Indian journal of veterinary science and animal husbandry - Volumes 22-23, 1952-1953
Year: 1952
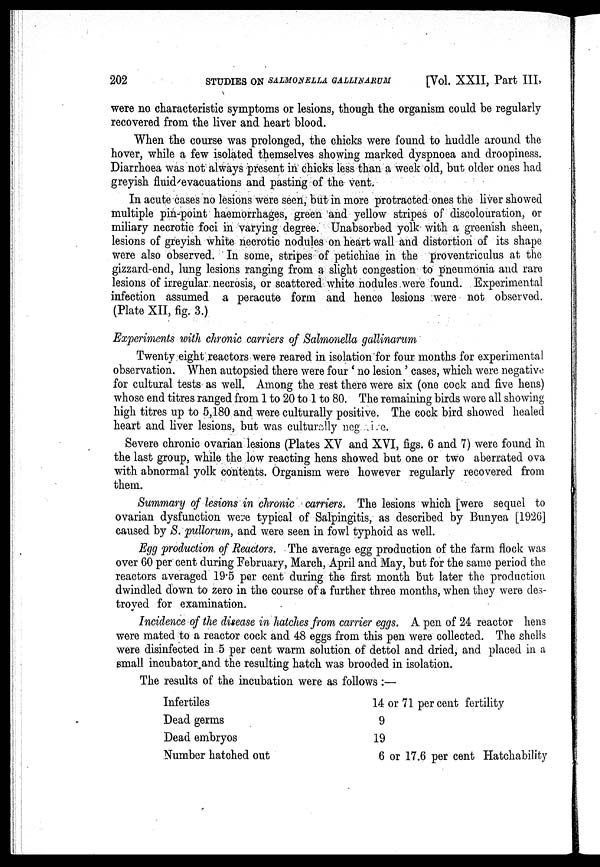
202
STUDIES ON SALMONELLA
GALLINARUM
[Vol. XXII, Part III,
were no characteristic symptoms or lesions, though the organism could be regularly
recovered from the liver and heart blood.
When the course was prolonged, the chicks were found to huddle around the
hover, while a few isolated themselves showing marked dyspnoea and droopiness.
Diarrhoea was not always present in chicks less than a week old, but older ones had
greyish fluid evacuations and pasting of the vent.
In acute cases no lesions were seen, but in more protracted ones the liver showed
multiple pin-point haemorrhages, green and yellow stripes of discolouration, or
miliary necrotic foci in varying degree. Unabsorbed yolk with a greenish sheen,
lesions of greyish white necrotic nodules on heart wall and distortion of its shape
were also observed. In some, stripes of petichiae in the proventriculus at the
gizzard-end, lung lesions ranging from a slight congestion to pneumonia and rare
lesions of irregular necrosis, or scattered white nodules were found. Experimental
infection assumed a peracute form and hence lesions were not observed.
(Plate XII, fig. 3.)
Experiments with chronic carriers of Salmonella gallinarum
Twenty eight reactors were reared in isolation for four months for experimental
observation. When autopsied there were four 'no lesion' cases, which were negative
for cultural tests as well. Among the rest there were six (one cock and five hens)
whose end titres ranged from 1 to 20 to 1 to 80. The remaining birds were all showing
high titres up to 5,180 and were culturally positive. The cock bird showed healed
heart and liver lesions, but was culturally negative.
Severe chronic ovarian lesions (Plates XV and XVI, figs. 6 and 7) were found in
the last group, while the low reacting hens showed but one or two aberrated ova
with abnormal yolk contents. Organism were however regularly recovered from
them.
Summary of lesions in chronic carriers. The lesions which [were sequel to
ovarian dysfunction were typical of Salpingitis, as described by Bunyea [1926]
caused by S. pullorum, and were seen in fowl typhoid as well.
Egg production of Reactors. The average egg production of the farm flock was
over 60 per cent during February, March, April and May, but for the same period the
reactors averaged 19.5 per cent during the first month but later the production
dwindled down to zero in the course of a further three months, when they were des-
troyed for examination.
Incidence of the disease in hatches from carrier eggs. A pen of 24 reactor hens
were mated to a reactor cock and 48 eggs from this pen were collected. The shells
were disinfected in 5 per cent warm solution of dettol and dried, and placed in a
small incubator and the resulting hatch was brooded in isolation.
The results of the incubation were as follows:—
Infertiles
Dead germs
Dead embryos
Number hatched out
14 or 71 per cent fertility
9
19
6 or 17.6 per cent Hatchability